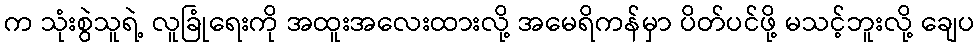
က သုံးစွဲသူရဲ့ လူခြုံရေးကို အထူးအလေးထားလို့ အမေရိကန်မှာ ပိတ်ပင်ဖို့ မသင့်ဘူးလို့ ချေပ